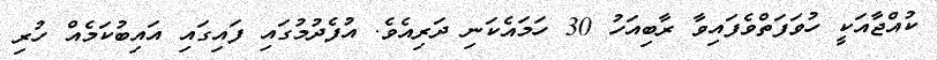
ކުއްޖާއަކީ ހުވަފަތްވެފައިވާ ރާބިއަހު 30 ހަމައެކަނި ދަރިއެވެ. އުފެދުމުގައި ފައިގައި އައިބުކަމެއް ހުރި